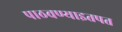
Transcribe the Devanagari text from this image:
पाठवण्याइतपत